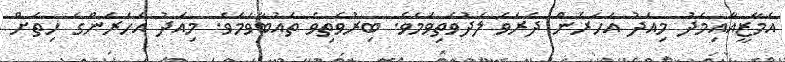
އެމާޒީއާއިމެދު މިއަދު އަހަރެން ދެރަވެ ލަދުވެތިވަމެވެ. ބިރުވެތިވެ ތައުބާވަމެވެ. މިއަދު އަހަރެންގެ ހިތަށް